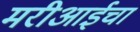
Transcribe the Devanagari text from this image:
मरीआईचा